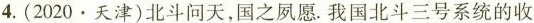
4.(2020\cdot 天津)北斗问天，国之夙愿.我国北斗三号系统的收